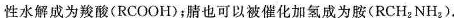
性水解成为羧酸(RCOOH)；腈也可以被催化加氢成为胺(RCH_{2}NH_{2})。